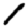
Digit: 1